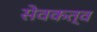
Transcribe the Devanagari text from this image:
सेवकत्व